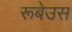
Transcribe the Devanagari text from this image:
रूबेउस